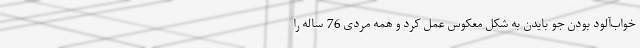
خواب‌آلود بودن جو بایدن به شکل معکوس عمل کرد و همه مردی 76 ساله را